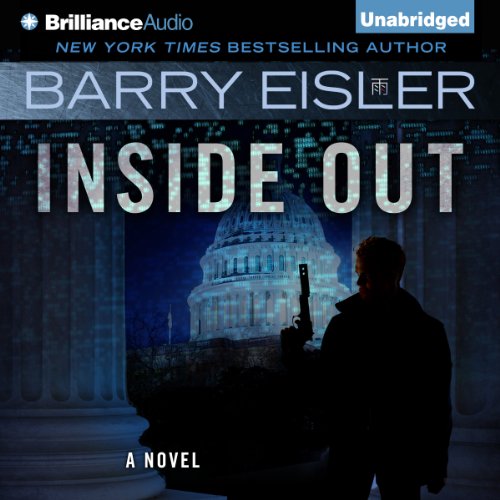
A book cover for Inside Out: Ben Treven, Book 2; Barry Eisler; Romance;